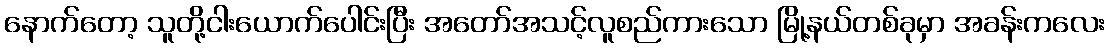
နောက်တော့ သူတို့ငါးယောက်ပေါင်းပြီး အတော်အသင့်လူစည်ကားသော မြို့နယ်တစ်ခုမှာ အခန်းကလေး